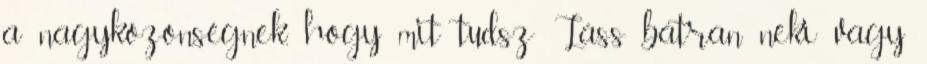
a nagyközönségnek, hogy mit tudsz Láss bátran neki vagy